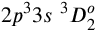
{ 2 p ^ { 3 } 3 s ~ ^ { 3 } D _ { 2 } ^ { o } }